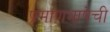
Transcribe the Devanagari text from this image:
प्रमाणभाषेची